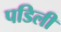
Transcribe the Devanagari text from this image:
पडिली